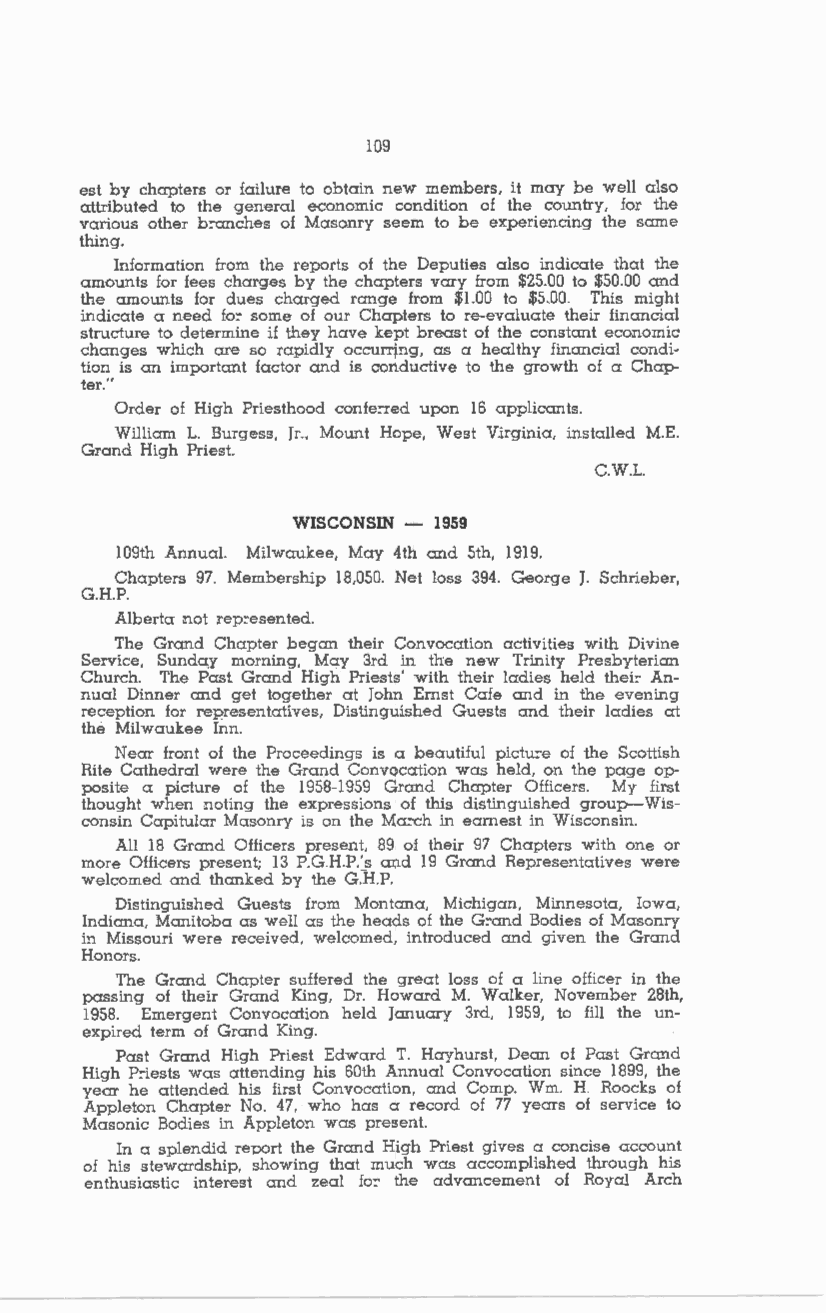
109
 est by chapters or failure to obtain new members, it may be well also
 attributed to the general economic condition of the country, for the
 various other b:-anches of Masonry seem to be experiencing the same
 thing.
 Information from the reports of the Deputies also indicate that the
 amounts for fees charges by the chapters vary from $25.00 to $50.00 and
 the amounts for dues charged range from $1.00 to $5.00. This might
 indicate a need lo:- some of our Chapters to re-evaluate their financial
 structure to determine if they have kept breast of the constant economic
 changes which are so rapidly occurring, as a healthy financial condi
 tior;, is an important factor and is conductive to the growth of a Chap
 ter.
 Order of High Priesthood confe:-red upon 16 applicants.
 William L. Burgess, Jr., Mount Hope, West Virginia, installed M.E.
 Grand High Priest.
 C.W.L.
 WISCONSIN - 1959
 109th Annual. Milwaukee, May 4th and 5th, 1919.
 Chapters 97. Membership 18,050. Net loss 394. George J. Schrieber,
 G.H.P.
 Alberta not rep:-esented.
 The Grand Chapter began their Convocation activities with Divine
 Service, Sunday morning, May 3rd in the new Trinity Presbyterian
 Church. The Past Grand High Priests' with their ladies held thei:- An
 nual Dinner and get together at John Ernst Cafe and in the evening
 reception for representatives, Distinguished Guests and their ladies at
 the Milwaukee Inn.
 Near front of the Proceedings is a beautiful pictu:-e of the Scottish
 Rite Cathedral were the Grand Convocation was held, on the page op
 posite a picture of the 1958-1959 Grand Chapter Officers. My first
 thought when noting the expressions of this distinguished group-Wis
 consin Capitular Masonry is on the Ma:-ch in earnest in Wisconsin.
 All 18 Grand Officers present, 89 of their 97 Chapters with one or
 more Officers present; 13 P.G.H.P.'s and 19 Grand Representatives were
 welcomed and thanked by the G.H.P.
 Distinguished Guests from Montana, Michigan, Minnesota, Iowa,
 Indiana, Manitoba as well as the heads of the G:-and Bodies of Masonry
 in Missouri were received, welcomed, introduced and given the Grand
 Honors.
 The Grand Chapter suffered the great loss of a line o.fficer in the
 passing of their Grand King, Dr. Howard M. Walker, November 28th,
 1958. Emergent Convocation held January 3rd, 1959, to fill the un
 expired term of Grand King.
 Past Grand High Priest Edward T. Hayhurst, Dean of Past Grand
 High P:-iests was attending his 60th Annual Convocation since 1899, the
 year he attended his first Convocation, and Comp. Wm. H. Roocks of
 Appleton Chapter No. 47, who has a record of 77 years of service to
 Masonic Bodies in Appleton was present.
 In a splendid repcrt the Grand High Priest gives a concise account
 of his stewardship, showing that much was accomplished through his
 enthusiastic interest and zeal lo:- the advancement of Royal Arch